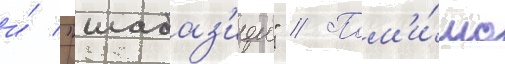
и́ "шабаз'иеи" // Пом'и́мо